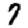
Digit: 7